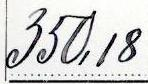
350,18